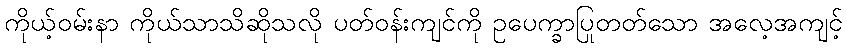
ကိုယ့်ဝမ်းနာ ကိုယ်သာသိဆိုသလို ပတ်ဝန်းကျင်ကို ဥပေက္ခာပြုတတ်သော အလေ့အကျင့်